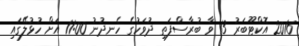
2016 އޮކްޓޫބަރު 13 ވާ ބުރާސްފަތި ދުވަހުގެ ހެނދުނު 11:00 އަށް ހުޅުލޭގައި